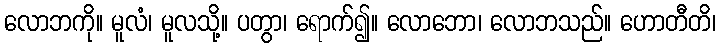
လောဘကို။ မူလံ၊ မူလသို့။ ပတွာ၊ ရောက်၍။ လောဘော၊ လောဘသည်။ ဟောတီတိ၊